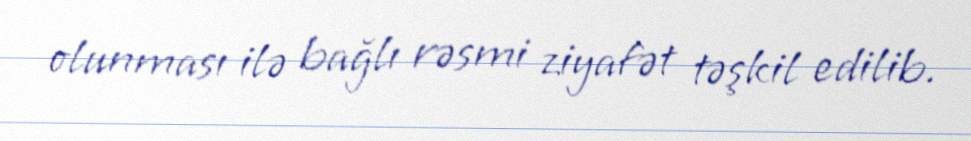
olunması ilə bağlı rəsmi ziyafət təşkil edilib.